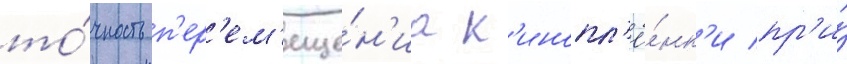
то́чность п'ер'ем'еще́н'иа к'инопл'ё́нк'и пр'и́